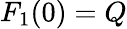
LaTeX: F_{1}(0)=Q